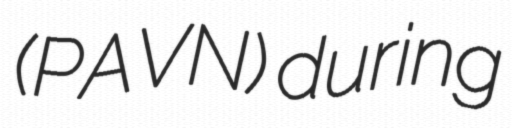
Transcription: (PAVN) during